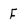
Character: F